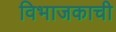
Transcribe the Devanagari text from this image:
विभाजकाची